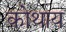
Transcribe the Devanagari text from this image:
कोथाय